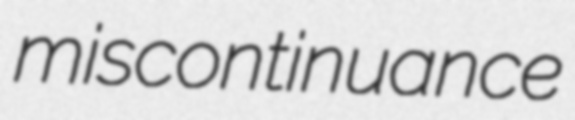
miscontinuance